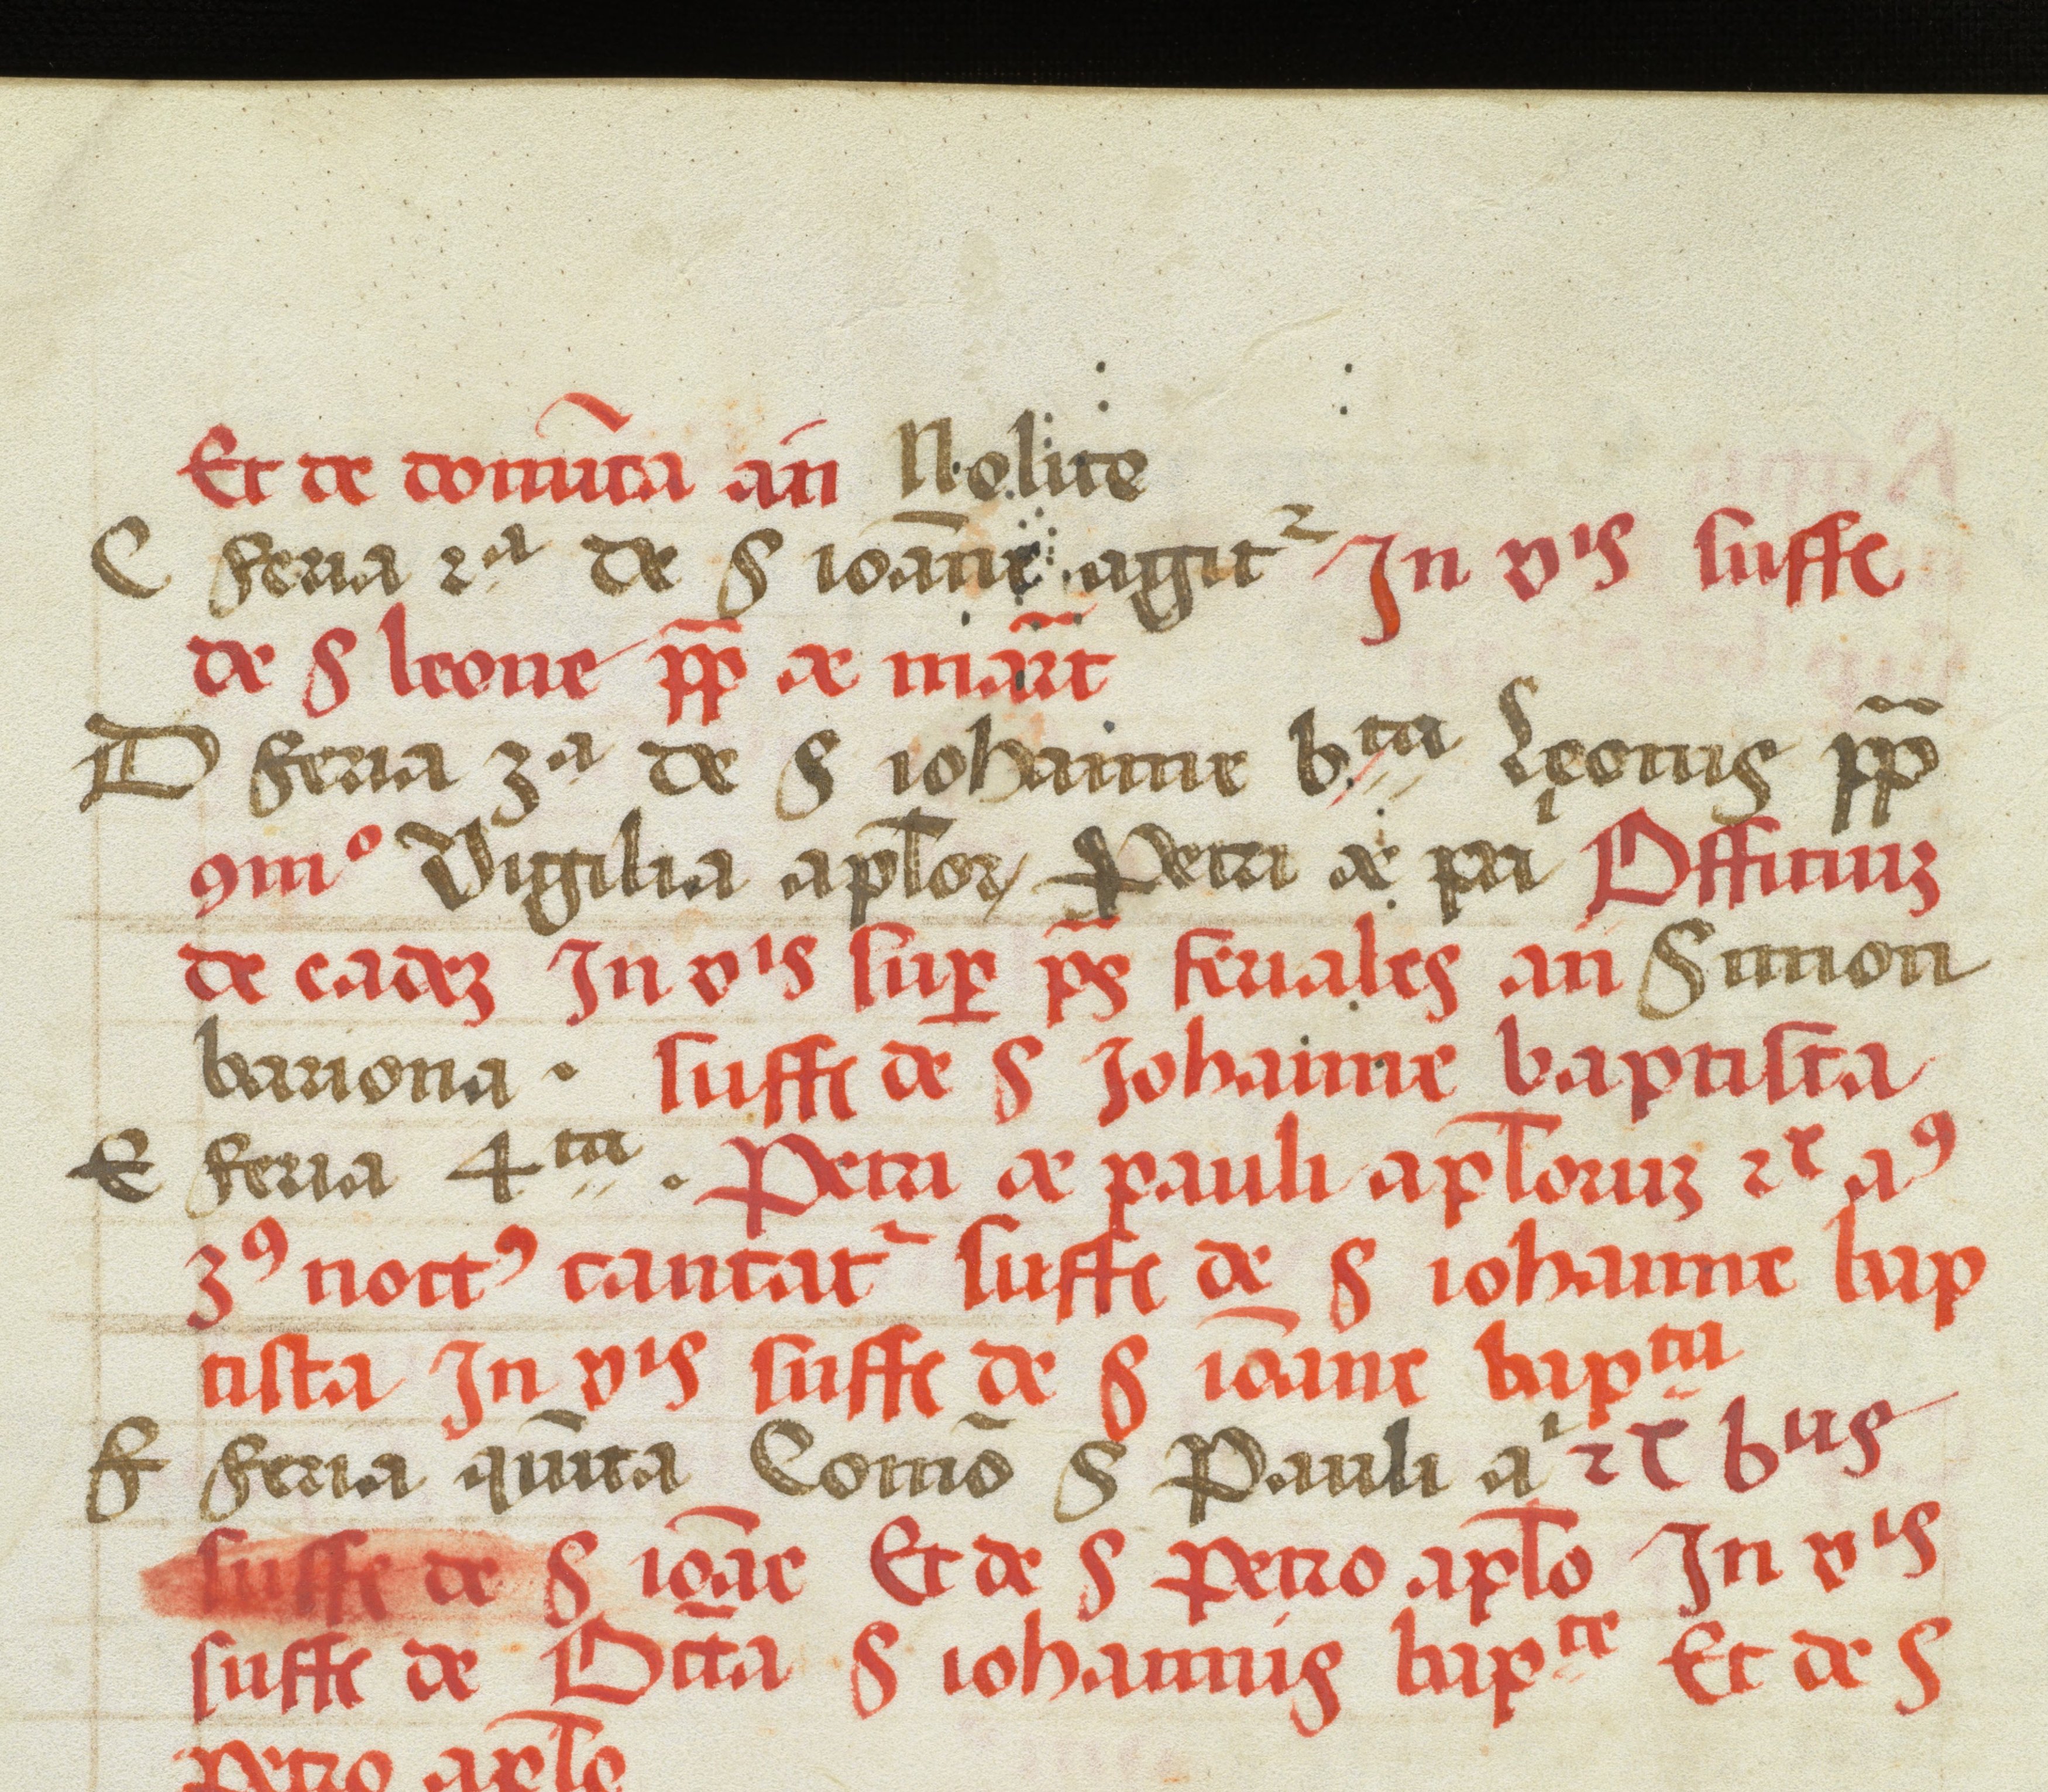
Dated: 1505–1535